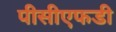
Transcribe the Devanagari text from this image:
पीसीएफडी